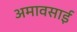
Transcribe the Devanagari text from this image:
अमावसाई